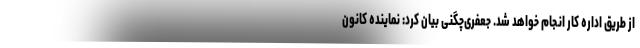
از طریق اداره کار انجام خواهد شد. جعفری‌چگنی بیان کرد: نماینده کانون